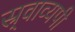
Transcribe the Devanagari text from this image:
स्र्वाव्यपी